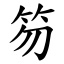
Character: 笏